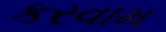
કરવામ